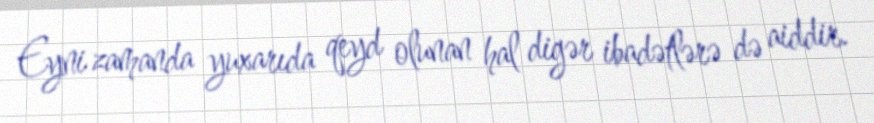
Eyni zamanda yuxarıda qeyd olunan hal digər ibadətlərə də aiddir.